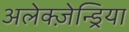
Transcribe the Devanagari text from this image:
अलेक्ज़ेन्ड्रिया